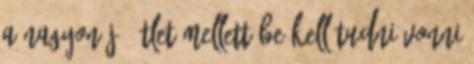
a nagyon jó ötlet mellett be kell tudni vonni